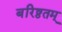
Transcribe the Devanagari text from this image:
बरिष्ठतम्